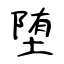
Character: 堕